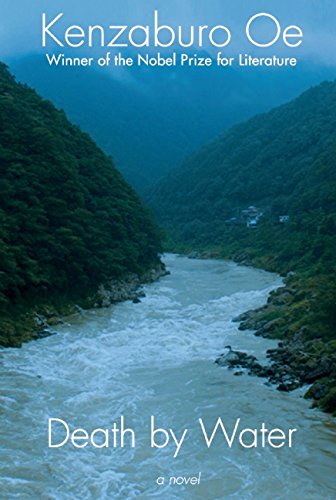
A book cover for Death by Water; Kenzaburo Oe; Literature & Fiction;